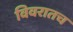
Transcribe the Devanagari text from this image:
विवरातच